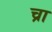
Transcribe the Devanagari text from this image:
च्रा